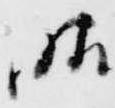
晴